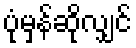
ပုံမှန်ဆိုလျှင်